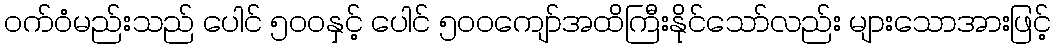
ဝက်ဝံမည်းသည် ပေါင် ၅၀၀နှင့် ပေါင် ၅၀၀ကျော်အထိကြီးနိုင်သော်လည်း များသောအားဖြင့်